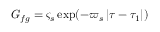
G _ { f g } = \varsigma _ { s } \exp ( - \varpi _ { s } \left| \tau - \tau _ { 1 } \right| )